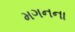
મગનના